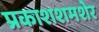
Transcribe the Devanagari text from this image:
प्रकाशशमशेर